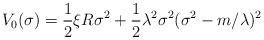
\begin{align*}V_0(\sigma )=\frac 12\xi R\sigma ^2+\frac 12\lambda ^2\sigma^2(\sigma ^2-m/\lambda )^2\end{align*}